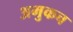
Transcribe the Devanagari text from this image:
अमुकच